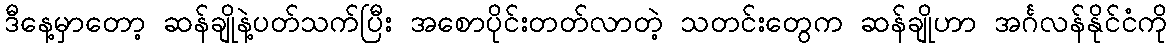
ဒီနေ့မှာတော့ ဆန်ချိုနဲ့ပတ်သက်ပြီး အစောပိုင်းတတ်လာတဲ့ သတင်းတွေက ဆန်ချိုဟာ အင်္ဂလန်နိုင်ငံကို